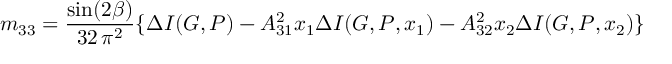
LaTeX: m _ { 3 3 } = \frac { \sin ( 2 \beta ) } { 3 2 \, \pi ^ { 2 } } \{ \Delta I ( G , P ) - A _ { 3 1 } ^ { 2 } x _ { 1 } \Delta I ( G , P , x _ { 1 } ) - A _ { 3 2 } ^ { 2 } x _ { 2 } \Delta I ( G , P , x _ { 2 } ) \}